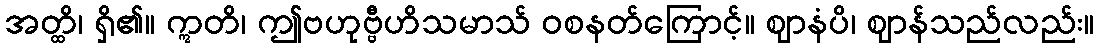
အတ္ထိ၊ ရှိ၏။ ဣတိ၊ ဤဗဟုဗ္ဗီဟိသမာသ် ဝစနတ်ကြောင့်။ ဈာနံပိ၊ ဈာန်သည်လည်း။